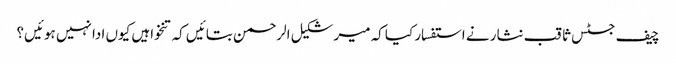
چیف جسٹس ثاقب نثار نے استفسار کیا کہ میر شکیل الرحمن بتائیں کہ تنخواہیں کیوں ادا نہیں ہوئیں؟